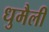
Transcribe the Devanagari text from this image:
धुमैली